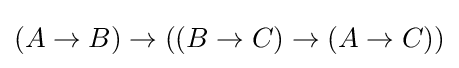
(A\to B)\to ((B\to C)\to (A\to C))